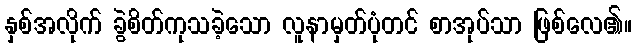
နှစ်အလိုက် ခွဲစိတ်ကုသခဲ့သော လူနာမှတ်ပုံတင် စာအုပ်သာ ဖြစ်လေ၏။